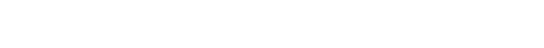
စင်စစ်။ ဣမဿ ပုဂ္ဂလဿ၊ ဤပုဂ္ဂိုလ်အား။ ကုသလာ၊ ကုသိုလ်ဖြစ်ကုန်သော။ ဓမ္မာပိ၊